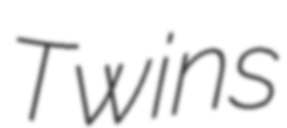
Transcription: Twins